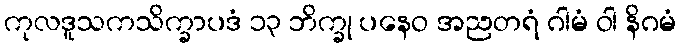
ကုလဒူသကသိက္ခာပဒံ ၁၃ ဘိက္ခု ပနေဝ အညတရံ ဂါမံ ဝါ နိဂမံ